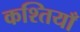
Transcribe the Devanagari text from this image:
कश्तियाँ